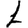
Digit: 1